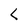
Character: L